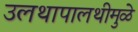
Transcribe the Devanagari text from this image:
उलथापालथीमुळे